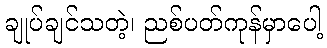
ချုပ်ချင်သတဲ့၊ ညစ်ပတ်ကုန်မှာပေါ့